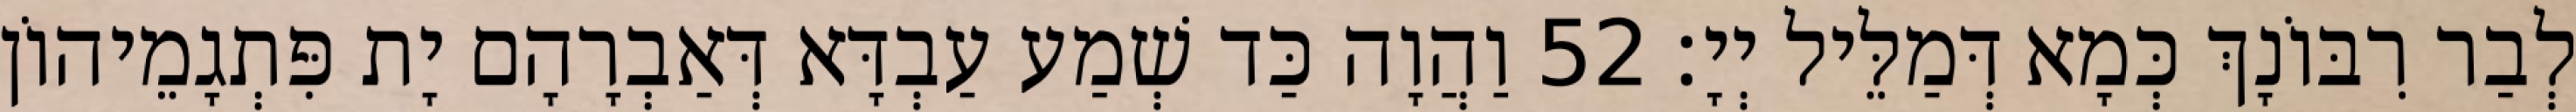
לְבַר רִבּוֹנָךְ כְּמָא דְּמַלֵּיל יְיָ׃ 52 וַהֲוָה כַּד שְׁמַע עַבְדָּא דְּאַבְרָהָם יָת פִּתְגָמֵיהוֹן